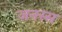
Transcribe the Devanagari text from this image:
जनस्स